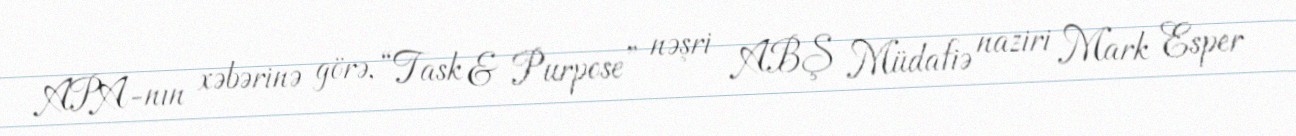
APA-nın xəbərinə görə, “Task & Purpose” nəşri ABŞ Müdafiə naziri Mark Esper